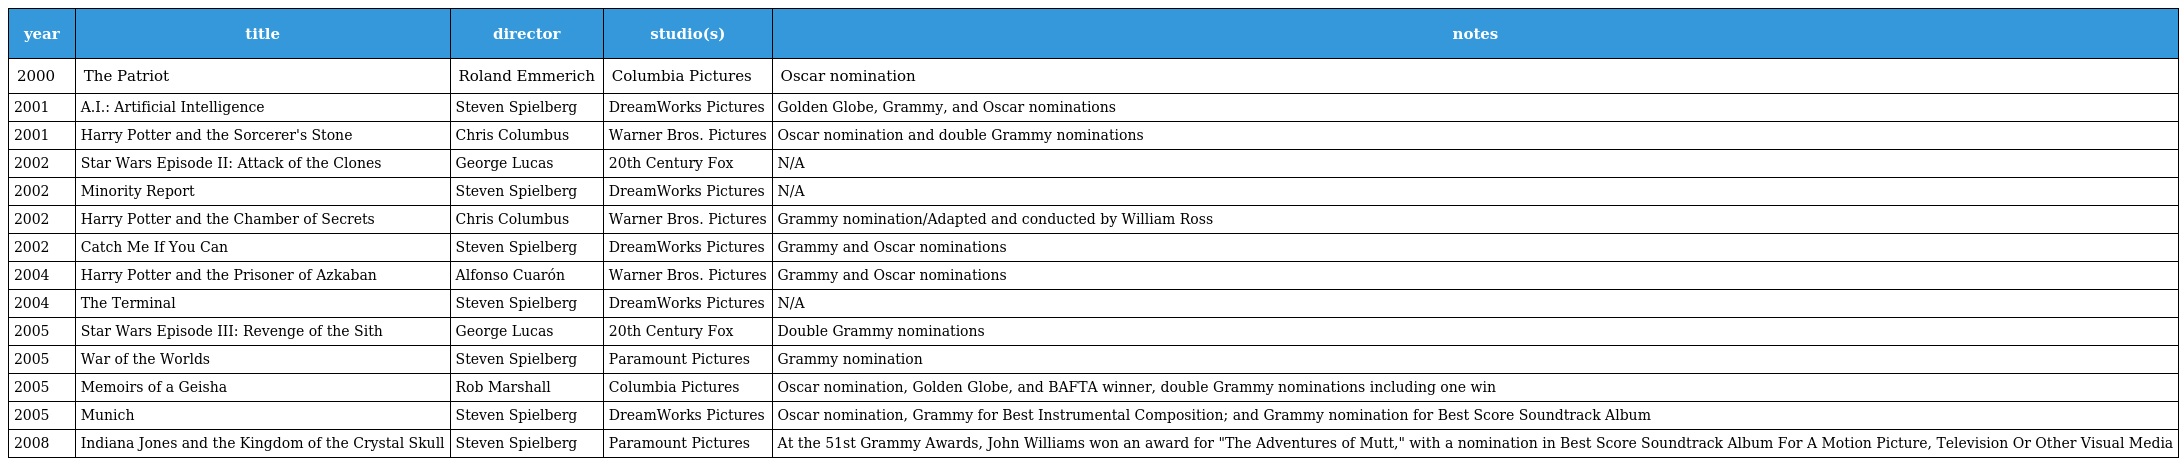
| year | title | director | studio(s) | notes |
 | --- | --- | --- | --- | --- |
 | 2000 | The Patriot | Roland Emmerich | Columbia Pictures | Oscar nomination |
 | 2001 | A.I.: Artificial Intelligence | Steven Spielberg | DreamWorks Pictures | Golden Globe, Grammy, and Oscar nominations |
 | 2001 | Harry Potter and the Sorcerer's Stone | Chris Columbus | Warner Bros. Pictures | Oscar nomination and double Grammy nominations |
 | 2002 | Star Wars Episode II: Attack of the Clones | George Lucas | 20th Century Fox | N/A |
 | 2002 | Minority Report | Steven Spielberg | DreamWorks Pictures | N/A |
 | 2002 | Harry Potter and the Chamber of Secrets | Chris Columbus | Warner Bros. Pictures | Grammy nomination/Adapted and conducted by William Ross |
 | 2002 | Catch Me If You Can | Steven Spielberg | DreamWorks Pictures | Grammy and Oscar nominations |
 | 2004 | Harry Potter and the Prisoner of Azkaban | Alfonso Cuarón | Warner Bros. Pictures | Grammy and Oscar nominations |
 | 2004 | The Terminal | Steven Spielberg | DreamWorks Pictures | N/A |
 | 2005 | Star Wars Episode III: Revenge of the Sith | George Lucas | 20th Century Fox | Double Grammy nominations |
 | 2005 | War of the Worlds | Steven Spielberg | Paramount Pictures | Grammy nomination |
 | 2005 | Memoirs of a Geisha | Rob Marshall | Columbia Pictures | Oscar nomination, Golden Globe, and BAFTA winner, double Grammy nominations including one win |
 | 2005 | Munich | Steven Spielberg | DreamWorks Pictures | Oscar nomination, Grammy for Best Instrumental Composition; and Grammy nomination for Best Score Soundtrack Album |
 | 2008 | Indiana Jones and the Kingdom of the Crystal Skull | Steven Spielberg | Paramount Pictures | At the 51st Grammy Awards, John Williams won an award for "The Adventures of Mutt," with a nomination in Best Score Soundtrack Album For A Motion Picture, Television Or Other Visual Media |